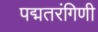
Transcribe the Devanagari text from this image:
पद्मतरंगिणी